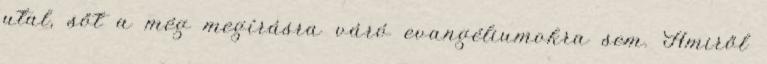
utal, sőt a még megírásra váró evangéliumokra sem. Amiről